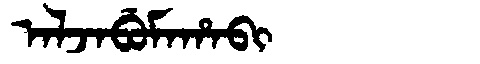
Manchu: ᠠᠯᠵᠠᠪᡠᠮᠠᡥᠠᠪᡳ
Romanization: ALJABUMAHABI